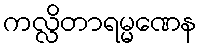
ကလ္လိတာရမ္မဏေန